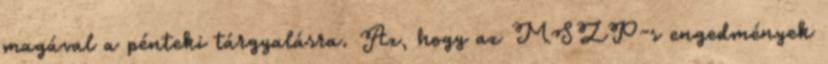
magával a pénteki tárgyalásra. Az, hogy az MSZP-s engedmények